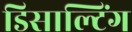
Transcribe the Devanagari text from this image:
डिसाल्टिंग